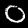
Label: 0